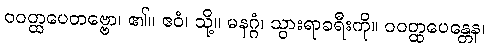
ဝဝတ္ထပေတဗ္ဗော၊ ၏။ ဧဝံ၊ သို့။ မနဂ္ဂံ၊ သွားရာခရီးကို။ ဝဝတ္ထပေန္တေန၊